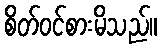
စိတ်ဝင်စားမိသည်။